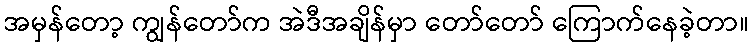
အမှန်တော့ ကျွန်တော်က အဲဒီအချိန်မှာ တော်တော် ကြောက်နေခဲ့တာ။